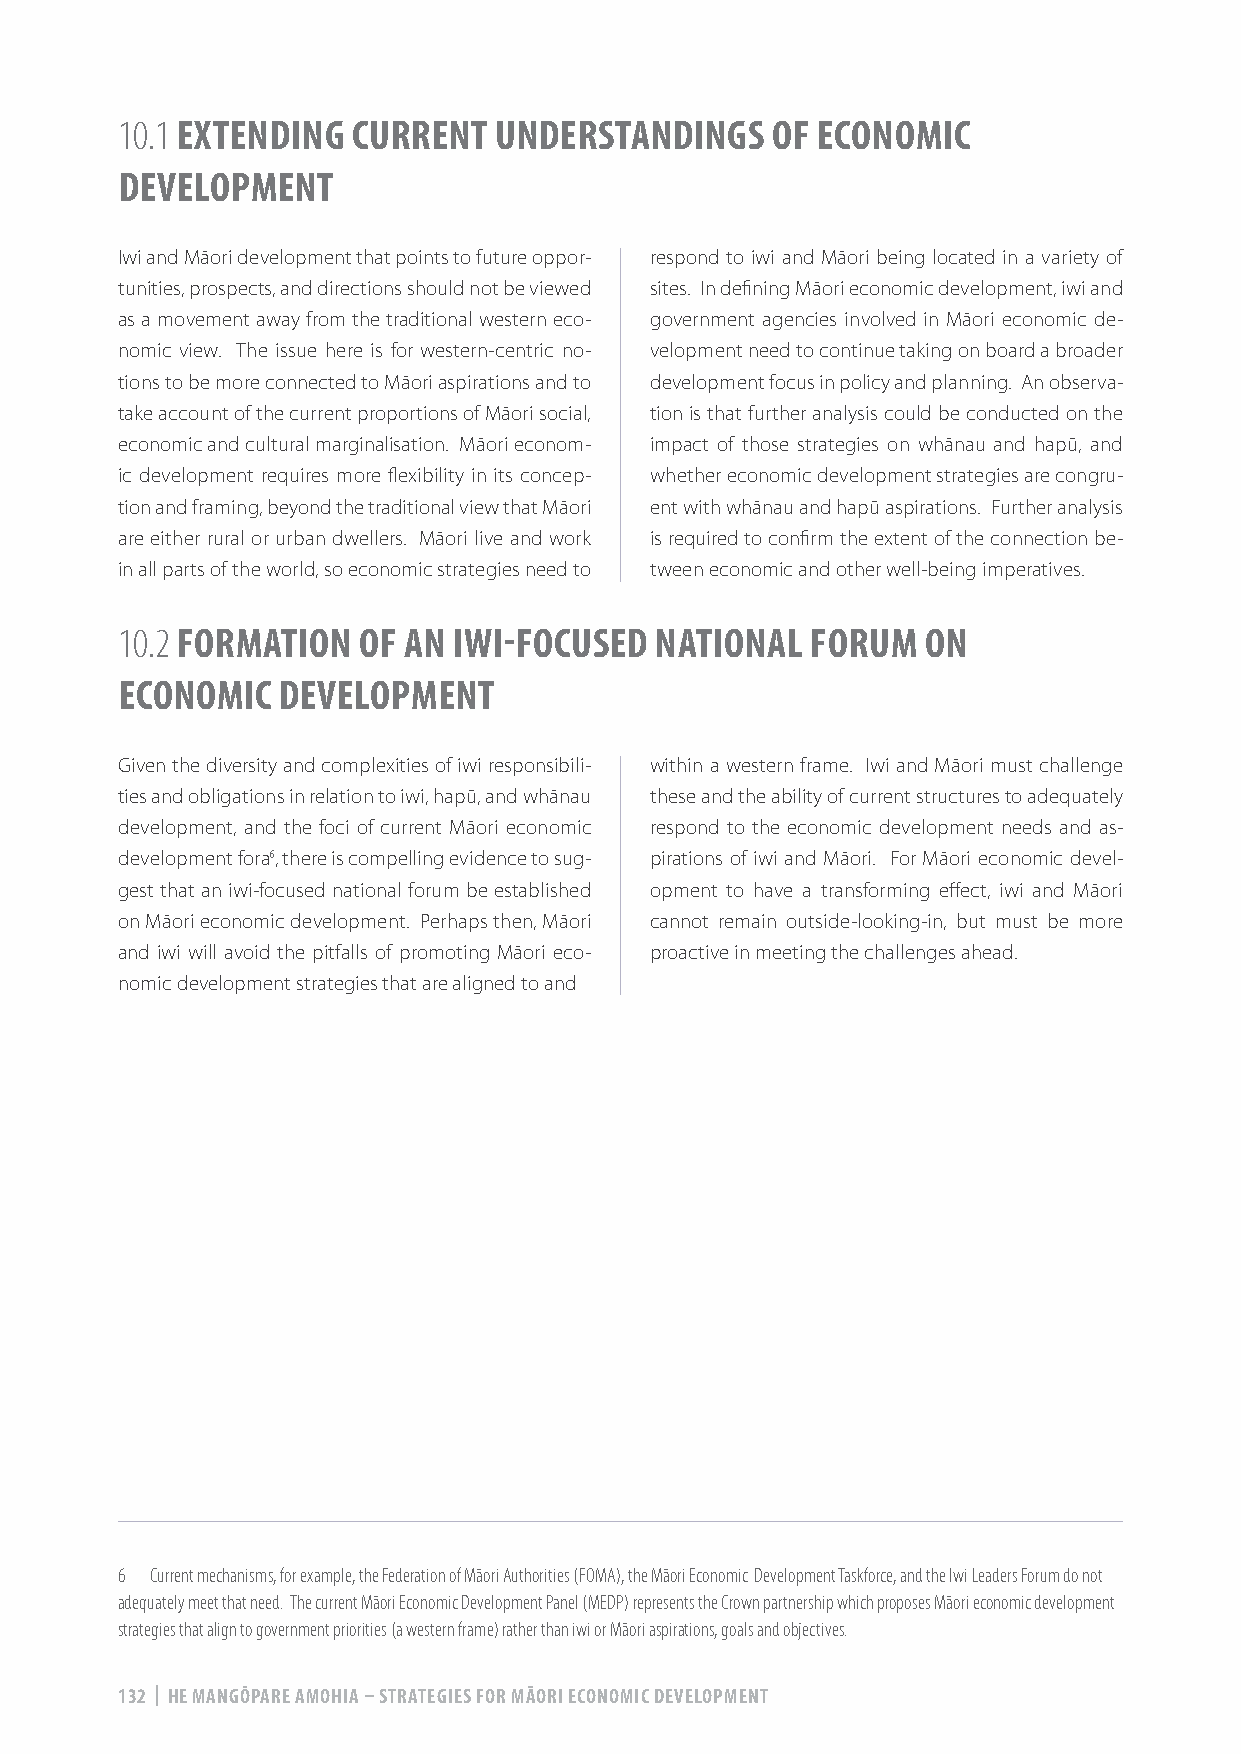
10.1 EXTENDING CURRENT   UNDERSTANDINGS    OF ECONOMIC
 DEVELOPMENT
 Iwi and Māori development that points to future oppor- respond to iwi and Māori being located in a variety of
 tunities, prospects, and directions should not be viewed sites. In defining Māori economic development, iwi and
 as a movement away from the traditional western eco- government agencies involved in Māori economic de-
 nomic view. The issue here is for western-centric no- velopment need to continue taking on board a broader
 tions to be more connected to Māori aspirations and to development focus in policy and planning. An observa-
 take account of the current proportions of Māori social, tion is that further analysis could be conducted on the
 economic and cultural marginalisation. Māori econom- impact of those strategies on whānau and hapū, and
 ic development requires more flexibility in its concep- whether economic development strategies are congru-
 tion and framing, beyond the traditional view that Māori ent with whānau and hapū aspirations. Further analysis
 are either rural or urban dwellers. Māori live and work is required to confirm the extent of the connection be-
 in all parts of the world, so economic strategies need to tween economic and other well-being imperatives.
 10.2 FORMATION  OF AN IWI-FOCUSED  NATIONAL   FORUM  ON
 ECONOMIC  DEVELOPMENT
 Given the diversity and complexities of iwi responsibili- within a western frame. Iwi and Māori must challenge
 ties and obligations in relation to iwi, hapū, and whānau these and the ability of current structures to adequately
 development, and the foci of current Māori economic respond to the economic development needs and as-
 development fora6, there is compelling evidence to sug- pirations of iwi and Māori. For Māori economic devel-
 gest that an iwi-focused national forum be established opment to have a transforming effect, iwi and Māori
 on Māori economic development. Perhaps then, Māori cannot remain outside-looking-in, but must be more
 and iwi will avoid the pitfalls of promoting Māori eco- proactive in meeting the challenges ahead.
 nomic development strategies that are aligned to and
 6 Current mechanisms, for example, the Federation of Māori Authorities (FOMA), the Māori Economic Development Taskforce, and the Iwi Leaders Forum do not
 adequately meet that need. The current Māori Economic Development Panel (MEDP) represents the Crown partnership which proposes Māori economic development
 strategies that align to government priorities (a western frame) rather than iwi or Māori aspirations, goals and objectives.
 132 | HE MANGŌPARE AMOHIA – STRATEGIES FOR MĀORI ECONOMIC DEVELOPMENT